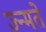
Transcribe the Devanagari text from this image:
ज्न्मते